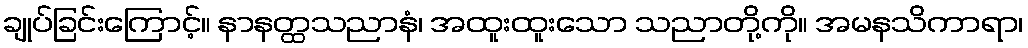
ချုပ်ခြင်းကြောင့်။ နာနတ္ထသညာနံ၊ အထူးထူးသော သညာတို့ကို။ အမနသိကာရာ၊